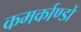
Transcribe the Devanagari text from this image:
कमर्काण्डों